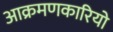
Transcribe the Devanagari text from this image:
आक्रमणकारियो